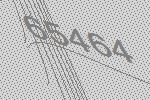
65464